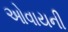
ઓવાયની